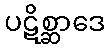
ပဋိစ္ဆာဒေ